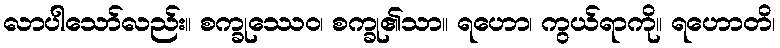
လာပါသော်လည်း။ စက္ခုဿေဝ၊ စက္ခု၏သာ။ ရဟော၊ ကွယ်ရာကို။ ရဟောတိ၊